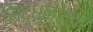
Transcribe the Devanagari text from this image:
सिद्धनेर्ली